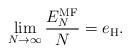
LaTeX: \begin{align*} \lim_{N\to\infty}\frac{E^{\operatorname{MF}}_{N}}{N}=e_{\operatorname{H}}.\end{align*}